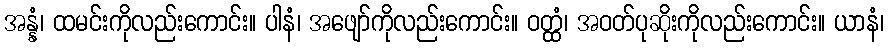
အန္နံ၊ ထမင်းကိုလည်းကောင်း။ ပါနံ၊ အဖျော်ကိုလည်းကောင်း။ ဝတ္ထံ၊ အဝတ်ပုဆိုးကိုလည်းကောင်း။ ယာနံ၊